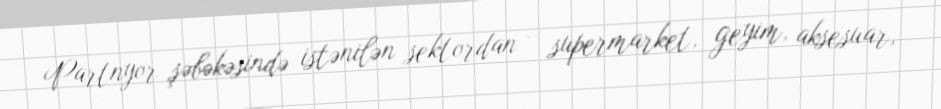
Partnyor şəbəkəsində istənilən sektordan – supermarket, geyim, aksesuar,